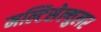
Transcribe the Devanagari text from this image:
मल्टिसेल्युलर